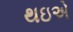
થઇએ